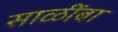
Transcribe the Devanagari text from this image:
साळींबा